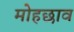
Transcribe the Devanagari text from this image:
मोहछाव